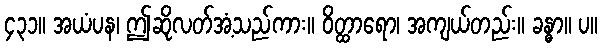
၄၃၁။ အယံပန၊ ဤဆိုလတ်အံ့သည်ကား။ ဝိတ္ထာရော၊ အကျယ်တည်း။ ခန္ဓာ။ ပ။